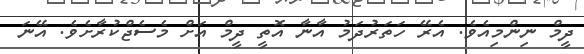
ދީމް ނިންމިއެވެ. އެރޭ ހަތަރުދަމު އާނާ އޮތީ ދީމް އަށް މެސެޖްކުރާށެވެ. އޭނަ